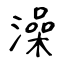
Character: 澡